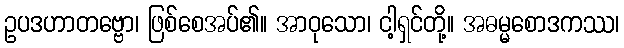
ဥပဒဟာတဗ္ဗော၊ ဖြစ်စေအပ်၏။ အာဝုသော၊ ငါ့ရှင်တို့။ အဓမ္မစောဒကဿ၊